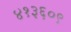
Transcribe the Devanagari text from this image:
४१३६०९